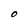
Character: O